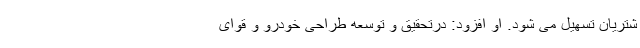
شتریان تسهیل می شود. او افزود: درتحقیق و توسعه طراحی خودرو و قوای